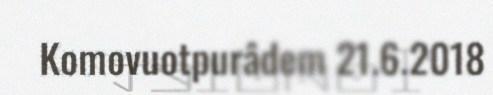
Komovuotpurâdem 21.6.2018